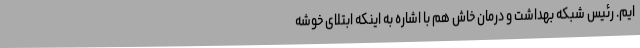
ایم. رئیس شبکه بهداشت و درمان خاش هم با اشاره به اینکه ابتلای خوشه